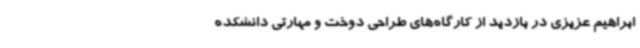
ابراهیم عزیزی در بازدید از کارگاه‌های طراحی دوخت و مهارتی دانشکده